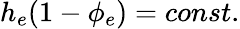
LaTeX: h_{e}(1-\phi_{e})=const.